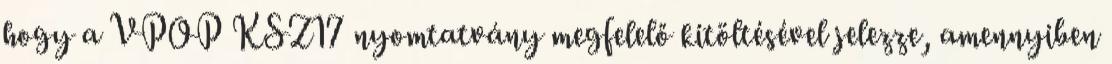
hogy a VPOP KSZ17 nyomtatvány megfelelő kitöltésével jelezze, amennyiben